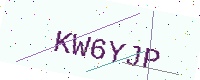
Text: KW6YJP